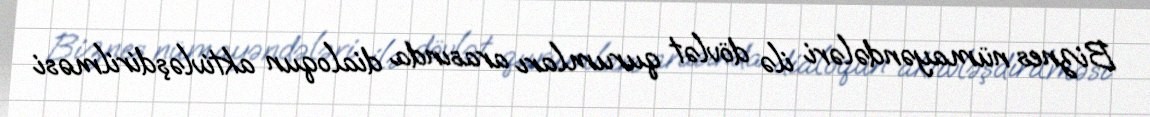
Biznes nümayəndələri ilə dövlət qurumları arasında dialoqun aktivləşdirilməsi